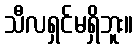
သီလရှင်မရှိဘူး။